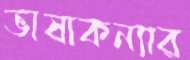
ভাষাকন্যার